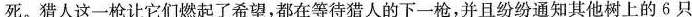
死。猎人这一枪让它们燃起了希望，都在等待猎人的下一枪，并且纷纷通知其他树上的6只